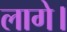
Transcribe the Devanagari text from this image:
लागे।